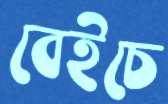
বেইচে